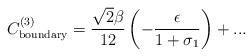
LaTeX: \begin{align*}C_{\rm boundary}^{(3)}=\frac{\sqrt{2}\beta}{12}\left(-\frac{\epsilon}{1+\sigma_{1}}\right)+...\end{align*}